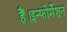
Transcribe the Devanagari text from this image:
हैं।इन्फोर्मेशन